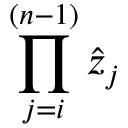
\prod _ { j = i } ^ { ( n - 1 ) } \hat { z } _ { j }